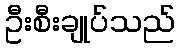
ဦးစီးချုပ်သည်